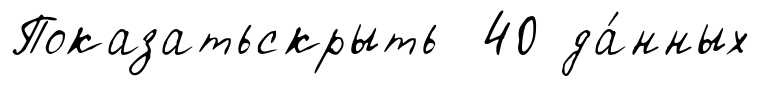
Показатьскрыть 40 да́нных